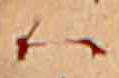
ハ